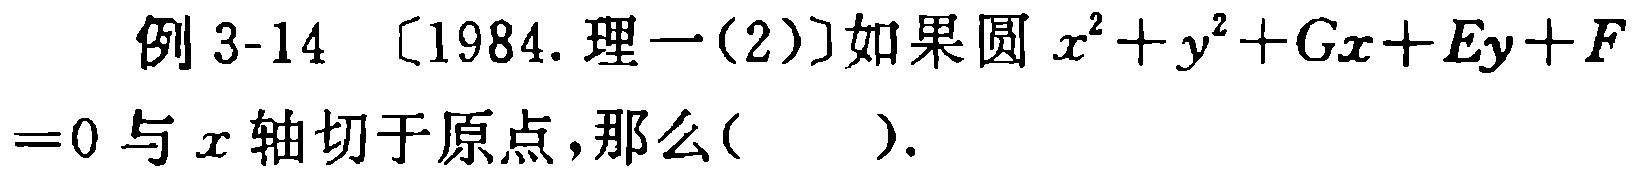
例 3-14 〔1984. 理一(2)〕如果圆 \(x^{2}+y^{2}+Gx + Ey+F = 0\) 与 \(x\) 轴切于原点，那么( ).